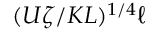
( U \zeta / K L ) ^ { 1 / 4 } \ell